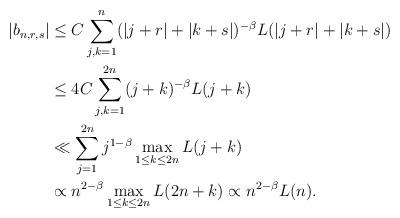
LaTeX: \begin{align*}|b_{n,r,s}|&\le C\sum_{j, k=1}^n(|j+r|+|k+s|)^{-\beta}L(|j+r|+|k+s|)\\&\le 4C\sum_{j, k=1}^{2n}(j+k)^{-\beta}L(j+k)\\&\ll \sum_{j=1}^{2n}j^{1-\beta} \max_{1\le k\le 2n}L(j+k)\\&\propto n^{2-\beta} \max_{1\le k\le 2n}L(2n+k)\propto n^{2-\beta} L(n).\end{align*}